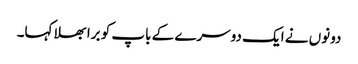
دونوں نے ایک دوسرے کے باپ کو برا بھلا کہا۔